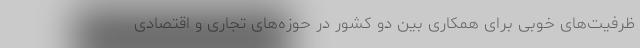
ظرفیت‌های خوبی برای همکاری بین دو کشور در حوزه‌های تجاری و اقتصادی